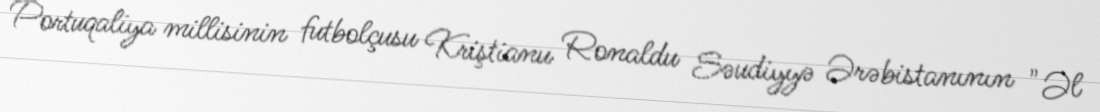
Portuqaliya millisinin futbolçusu Kriştianu Ronaldu Səudiyyə Ərəbistanının "Əl